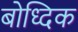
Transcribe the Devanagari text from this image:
बोध्दिक